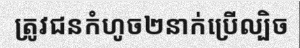
ត្រូវជនកំហូច២នាក់ប្រើល្បិច